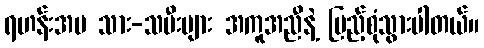
ရဟန်းအမ သား-သမီးများ အကူအညီနဲ့ ပြည့်စုံသွားပါတယ်။